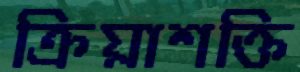
ক্রিয়াশক্তি